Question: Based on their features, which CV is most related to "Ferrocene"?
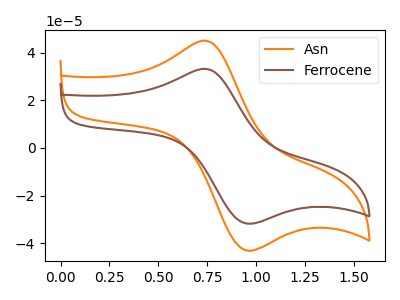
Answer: <think>The orange curve "Asn" has an anodic peak at (0.75V, 45.05uA) and a cathodic peak at (0.95V, -42.80uA). The brown curve "Ferrocene" has an anodic peak at (0.75V, 33.20uA) and a cathodic peak at (0.95V, -31.60uA).
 All the peaks in "Asn" have a peak in "Ferrocene" at the same potential. Every peak in "Asn" is higher than every peak in "Ferrocene".</think>
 <answer>The CV with the most similar shape to "Asn" is "Ferrocene".</answer>
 <eval>"Ferrocene"</eval>